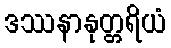
ဒဿနာနုတ္တရိယံ